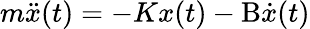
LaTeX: m{\ddot{x}}(t)=-Kx(t)-\mathrm{B}{\dot{x}}(t)